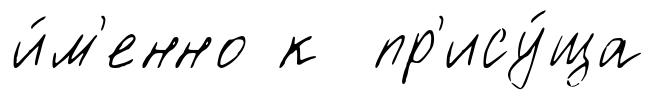
и́м'енно к пр'ису́ща